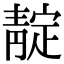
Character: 靛